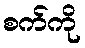
စက်ကို